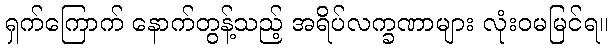
ရှက်ကြောက် နောက်တွန့်သည့် အရိပ်လက္ခဏာများ လုံးဝမမြင်ရ။